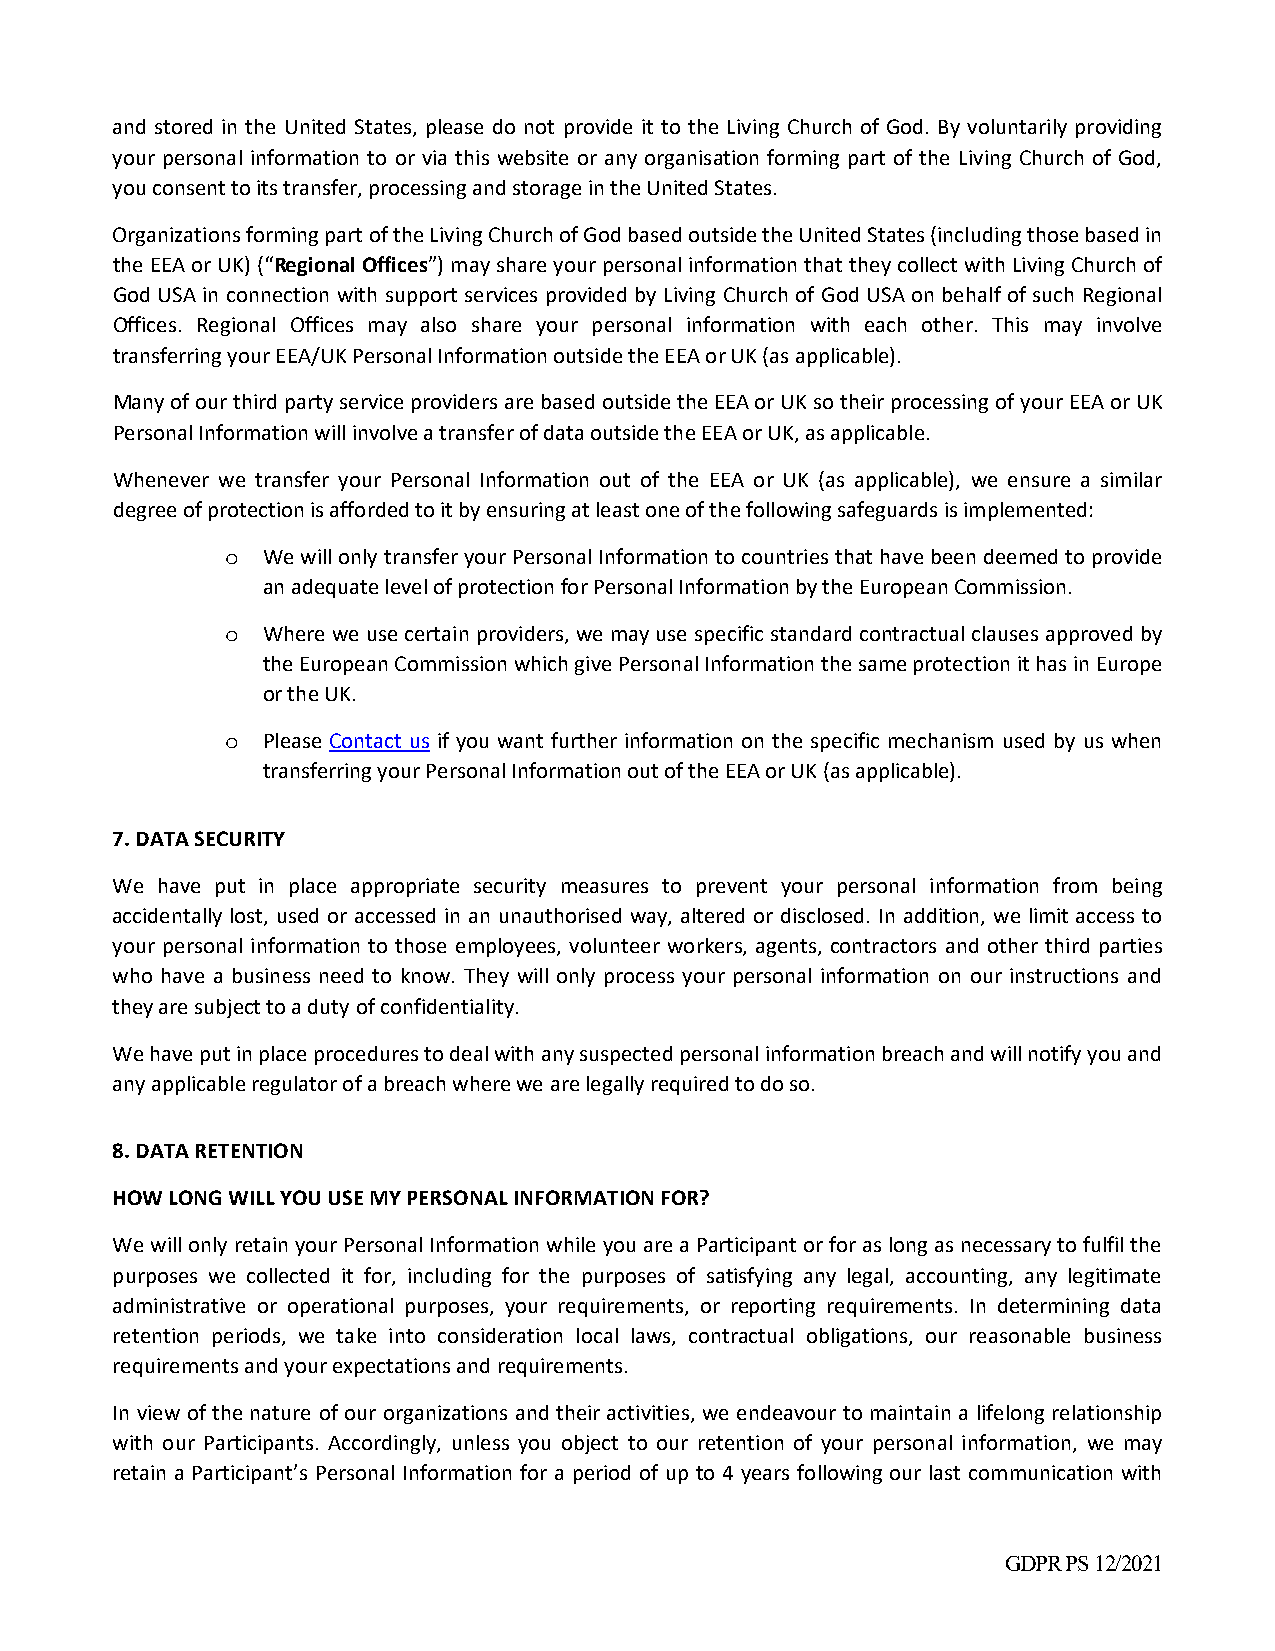
and stored in the United States, please do not provide it to the Living Church of God. By voluntarily providing
 your personal information to or via this website or any organisation forming part of the Living Church of God,
 you consent to its transfer, processing and storage in the United States.
 Organizations forming part of the Living Church of God based outside the United States (including those based in
 the EEA or UK) (“Regional Offices”) may share your personal information that they collect with Living Church of
 God USA in connection with support services provided by Living Church of God USA on behalf of such Regional
 Offices. Regional Offices may also share your personal information with each other. This may involve
 transferring your EEA/UK Personal Information outside the EEA or UK (as applicable).
 Many of our third party service providers are based outside the EEA or UK so their processing of your EEA or UK
 Personal Information will involve a transfer of data outside the EEA or UK, as applicable.
 Whenever we transfer your Personal Information out of the EEA or UK (as applicable), we ensure a similar
 degree of protection is afforded to it by ensuring at least one of the following safeguards is implemented:
 o We will only transfer your Personal Information to countries that have been deemed to provide
 an adequate level of protection for Personal Information by the European Commission.
 o Where we use certain providers, we may use specific standard contractual clauses approved by
 the European Commission which give Personal Information the same protection it has in Europe
 or the UK.
 o Please Contact us if you want further information on the specific mechanism used by us when
 transferring your Personal Information out of the EEA or UK (as applicable).
 7. DATA SECURITY
 We have put in place appropriate security measures to prevent your personal information from being
 accidentally lost, used or accessed in an unauthorised way, altered or disclosed. In addition, we limit access to
 your personal information to those employees, volunteer workers, agents, contractors and other third parties
 who have a business need to know. They will only process your personal information on our instructions and
 they are subject to a duty of confidentiality.
 We have put in place procedures to deal with any suspected personal information breach and will notify you and
 any applicable regulator of a breach where we are legally required to do so.
 8. DATA RETENTION
 HOW LONG WILL YOU USE MY PERSONAL INFORMATION FOR?
 We will only retain your Personal Information while you are a Participant or for as long as necessary to fulfil the
 purposes we collected it for, including for the purposes of satisfying any legal, accounting, any legitimate
 administrative or operational purposes, your requirements, or reporting requirements. In determining data
 retention periods, we take into consideration local laws, contractual obligations, our reasonable business
 requirements and your expectations and requirements.
 In view of the nature of our organizations and their activities, we endeavour to maintain a lifelong relationship
 with our Participants. Accordingly, unless you object to our retention of your personal information, we may
 retain a Participant’s Personal Information for a period of up to 4 years following our last communication with
 GDPR PS 12/2021